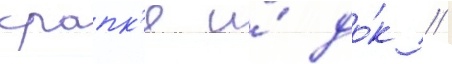
крапк'е и́ до́к //